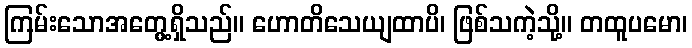
ကြမ်းသောအတွေ့ရှိသည်။ ဟောတိသေယျထာပိ၊ ဖြစ်သကဲ့သို့။ တထူပမော၊